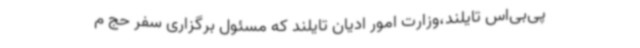
پی‌بی‌اس تایلند،وزارت امور ادیان تایلند که مسئول برگزاری سفر حج م